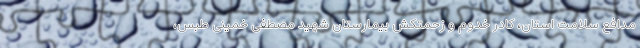
مدافع سلامت استان، کادر خدوم و زحمتکش بیمارستان شهید مصطفی خمینی طبس،